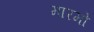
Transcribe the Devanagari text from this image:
मारमो